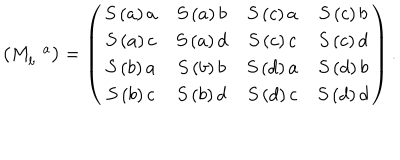
\left( M _ { b } ^ { \, \, \, \, a } \right) = \left( \begin{array} { c c c c } { { S \left( a \right) a } } & { { S \left( a \right) b } } & { { S \left( c \right) a } } & { { S \left( c \right) b } } \\ { { S \left( a \right) c } } & { { S \left( a \right) d } } & { { S \left( c \right) c } } & { { S \left( c \right) d } } \\ { { S \left( b \right) a } } & { { S \left( b \right) b } } & { { S \left( d \right) a } } & { { S \left( d \right) b } } \\ { { S \left( b \right) c } } & { { S \left( b \right) d } } & { { S \left( d \right) c } } & { { S \left( d \right) d } } \\ \end{array} \right) .